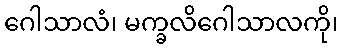
ဂေါသာလံ၊ မက္ခလိဂေါသာလကို၊